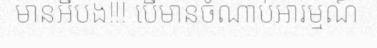
មានអីបង!!! បើមានចំណាប់អារម្មណ៍